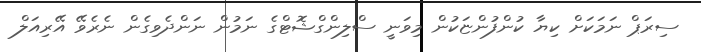
ސިރަޕް ނަމަކަށް ކިޔާ ކުންފުންޏަކުން މިވަނީ ސްލިންގްޝޮޓްގެ ނަމުން ނަންދެވިގެން ނެރެވޭ އޭރިއަލް